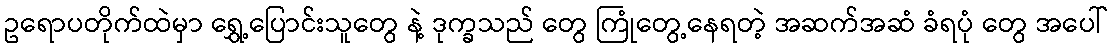
ဥရောပတိုက်ထဲမှာ ရွှေ့ပြောင်းသူတွေ နဲ့ ဒုက္ခသည် တွေ ကြုံတွေ့နေရတဲ့ အဆက်အဆံ ခံရပုံ တွေ အပေါ်